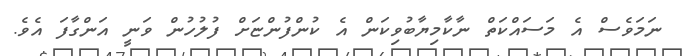
ނަމަވެސް އެ މަސައްކަތް ނާކާމިޔާބުވިކަން އެ ކުންފުންޏަށް ފުލުހުން ވަނީ އަންގާފަ އެވެ.